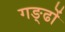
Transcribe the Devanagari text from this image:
गङ्ढों